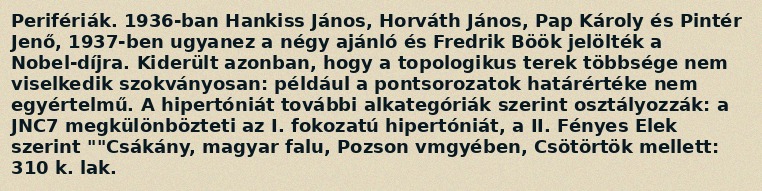
Perifériák. 1936-ban Hankiss János, Horváth János, Pap Károly és Pintér Jenő, 1937-ben ugyanez a négy ajánló és Fredrik Böök jelölték a Nobel-díjra. Kiderült azonban, hogy a topologikus terek többsége nem viselkedik szokványosan: például a pontsorozatok határértéke nem egyértelmű. A hipertóniát további alkategóriák szerint osztályozzák: a JNC7 megkülönbözteti az I. fokozatú hipertóniát, a II. Fényes Elek szerint ""Csákány, magyar falu, Pozson vmgyében, Csötörtök mellett: 310 k. lak.